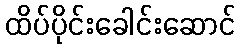
ထိပ်ပိုင်းခေါင်းဆောင်